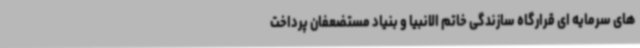
های سرمایه ای قرارگاه سازندگی خاتم الانبیا و بنیاد مستضعفان پرداخت